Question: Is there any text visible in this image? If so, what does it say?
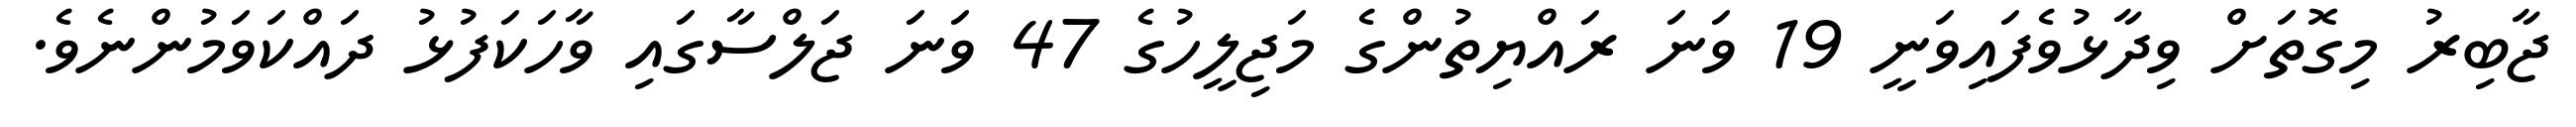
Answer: ޖާބިރު މިގޮތަށް ވިދާޅުވެފައިވަނީ 19 ވަނަ ރައްޔިތުންގެ މަޖިލީހުގެ 47 ވަނަ ޖަލްސާގައި ވާހަކަފުޅު ދައްކަވަމުންނެވެ.